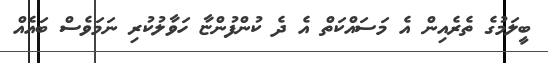
ބީލަމުގެ ތެރެއިން އެ މަސައްކަތް އެ ދެ ކުންފުންޏާ ހަވާލުކުރި ނަމަވެސް ބައެއް